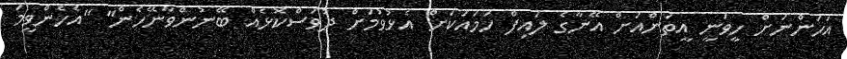
އަހަންނަށް ހީވަނީ އީތަންއަށް އޭނާގެ ލައިފް ހަމައަކަށް އެޅުވުމަށް ދުވަސްކޮޅެއް ބޭނުންވާނޭހެން" "އެހެންވީމަ